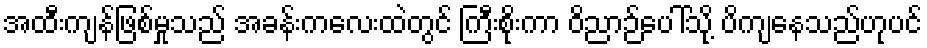
အထီးကျန်ဖြစ်မှုသည် အခန်းကလေးထဲတွင် ကြီးစိုးကာ ဝိညာဉ်ပေါ်သို့ ပိကျနေသည်ဟုပင်